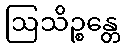
ဩသိဉ္စန္တေ